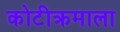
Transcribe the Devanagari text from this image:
कोटीक्रमाला